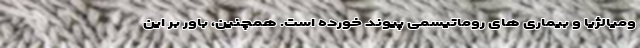
ومیالژیا و بیماری های روماتیسمی پیوند خورده است. همچنین، باور بر این